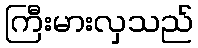
ကြီးမားလှသည်